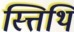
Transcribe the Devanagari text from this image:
स्त्तिथि